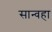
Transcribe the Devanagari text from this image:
सान्वहा